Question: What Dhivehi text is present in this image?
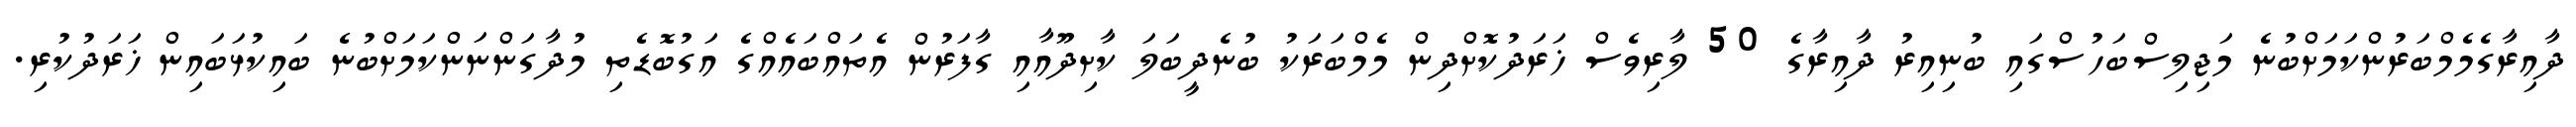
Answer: ދާއިރާގެމެމްބަރުންކަމަށްބުނެ މަޖިލިސްބަހުސްގައި ބުނިއިރު ދާއިރާގެ 50 ލާރިވެސް ޚަރަދުކޮށްދިން މެމްބަރަކު ބުނެދީބަލަ ކާށިދޫއާއި ގާފަރުން އެތައްބައެއްގެ އަގުބޮޑެތި މުދާގަންނަންކަމަށްބުނެ ބައިކުޅަބައިން ޚަރަދުކުރި.